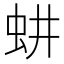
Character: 𬟷